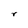
Character: r